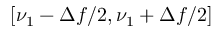
[ \nu _ { 1 } - \Delta f / 2 , \nu _ { 1 } + \Delta f / 2 ]